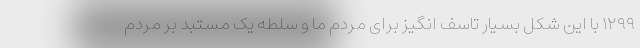
۱۲۹۹ با این شکل بسیار تاسف انگیز برای مردم ما و سلطه یک مستبد بر مردم